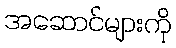
အဆောင်များကို